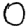
Digit: 0